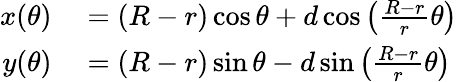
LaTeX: \begin{array}{rl}{x(\theta)}&{{}=(R-r)\cos\theta+d\cos\left({\frac{R-r}{r}}\theta\right)}\\ {y(\theta)}&{{}=(R-r)\sin\theta-d\sin\left({\frac{R-r}{r}}\theta\right)}\end{array}